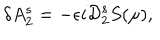
LaTeX: \delta A _ { 2 } ^ { s } = - \epsilon i { \cal D } _ { 2 } ^ { s } S ( \mu ) ,